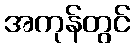
အကုန်တွင်